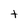
Character: t